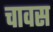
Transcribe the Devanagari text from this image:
चावस